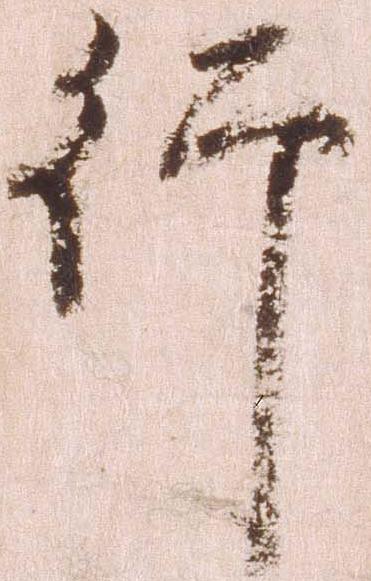
行